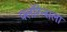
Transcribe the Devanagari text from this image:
फ्लॉरेन्सला